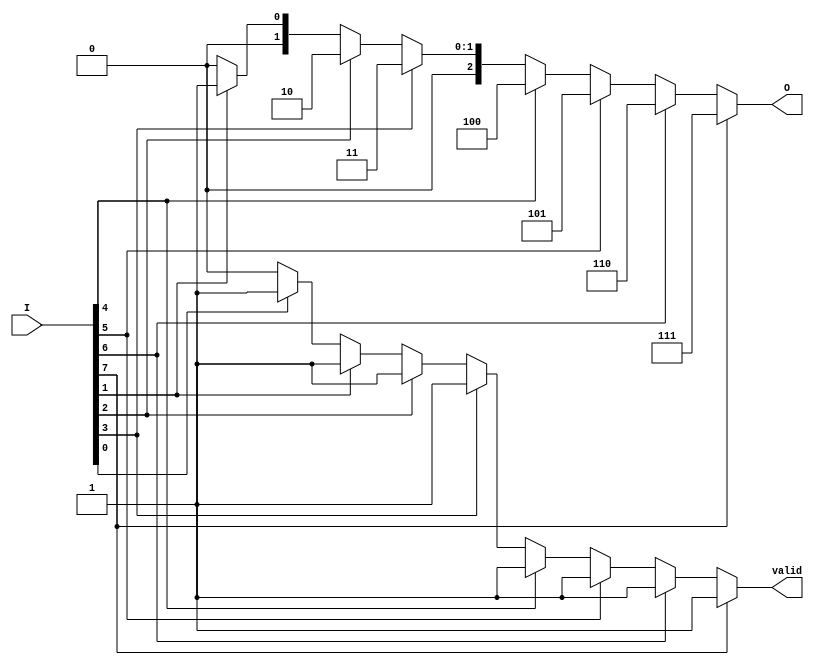
module multilevel_encoder (
    input wire [7:0] I,  // 8 input lines
    output reg [2:0] O,  // 3 output lines
    output reg valid      // Indicates if a valid input is active
);

    always @(*) begin
        // Default output
        O = 3'b000; // Default output
        valid = 1'b0; // Default valid signal

        // Priority encoding logic
        case (1'b1)
            I[7]: begin O = 3'b111; valid = 1'b1; end
            I[6]: begin O = 3'b110; valid = 1'b1; end
            I[5]: begin O = 3'b101; valid = 1'b1; end
            I[4]: begin O = 3'b100; valid = 1'b1; end
            I[3]: begin O = 3'b011; valid = 1'b1; end
            I[2]: begin O = 3'b010; valid = 1'b1; end
            I[1]: begin O = 3'b001; valid = 1'b1; end
            I[0]: begin O = 3'b000; valid = 1'b1; end
            default: begin O = 3'b000; valid = 1'b0; end // No valid input
        endcase
    end

endmodule